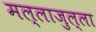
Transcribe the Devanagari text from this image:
मल्लाजुल्ला